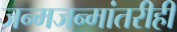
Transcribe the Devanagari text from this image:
जन्मजन्मांतरीही